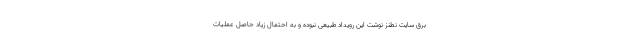
برق سایت نطنز نوشت این رویداد طبیعی نبوده و به احتمال زیاد حاصل عملیات